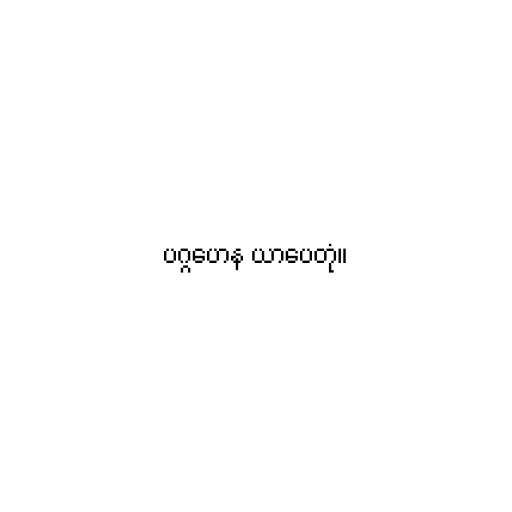
ပဂ္ဂဟေန ယာပေတုံ။